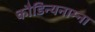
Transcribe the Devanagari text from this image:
कौडिन्यनाम्ना